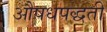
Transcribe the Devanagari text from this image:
औषधपद्धती